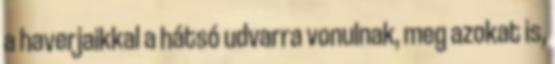
a haverjaikkal a hátsó udvarra vonulnak, meg azokat is,